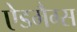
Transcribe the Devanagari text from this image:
ऐडमैग्स